Insane asylums in Bengal annual reports 1867-1875 - 1867-1875
Year: 1867
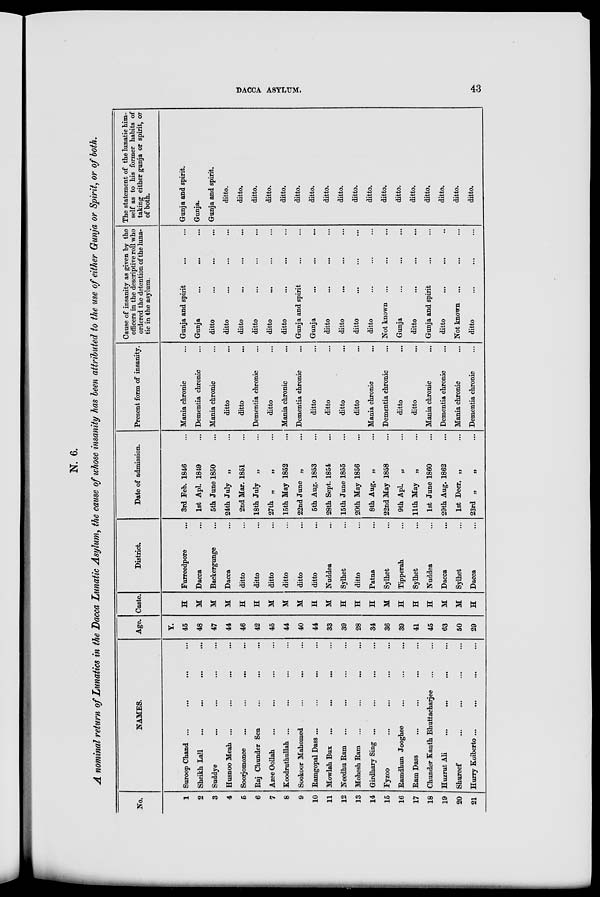
DACCA ASYLUM.
43
N. 6.
A nominal return of Lunatics in the Dacca Lunatic Asylum, the cause of whose insanity has been attributed to the use of either Gunja or Spirit, or of both.
No.
1
2
3
4
5
6
7
8
9
10
11
12
13
14
15
16
17
18
19
20
21
NAMES.
Suroop Chand ... ... ... ...
Sheikh Lall ...
...
...
...
Suddye ... ... ... ...
Husnoo Meah ... ... ... ...
Soorjomonee ... ... ... ...
Raj Chunder Sen ... ... ...
Azee Oollah ... ... ... ...
Koodruthullah ... ... ... ...
Sookoor Mahomed ... ... ... ...
Ramgopal Dass ... ... ... ...
Mowlah Bux ... ... ... ...
Needhu Ram ... ... ... ...
Mohesh Ram
...
...
...
...
Girdhary Sing ... ... ... ...
Fyzoo ... ... ... ...
Ramdhun Jooghee ... ... ... ...
Ram Dass ... ... ... ...
Chunder Kanth Bhuttacharjee ... ...
Huzrut Ali ... ... ... ...
Shureef ... ... ... ...
Hurry Koiberto ... ... ... ...
Age.
Y.
45
48
47
44
46
42
45
44
40
44
33
39
28
34
36
39
41
45
63
50
29
Caste.
H
M
M
M
H
H
M
M
M
H
M
H
H
H
M
H
H
H
M
M
H
District.
Furreedpore ...
Dacca ...
Backergunge ...
Dacca ...
ditto ...
ditto ...
ditto ...
ditto ...
ditto ...
ditto
...
Nuddea ...
Sylhet ...
ditto ...
Patna ...
Sylhet ...
Tipperah ...
Sylhet ...
Nuddea ...
Dacca ...
Sylhet ...
Dacca ...
Date of admission.
3rd Feb. 1846 ...
1st Apl. 1849 ...
5th June 1850 ...
24th July „ ...
2nd Mar. 1851 ...
18th July „ „ ...
27th „ „ ...
15th May 1852 ...
22nd June „ ...
5th Aug. 1853 ...
28th Sept. 1854 ...
15th June 1855 ...
20th May 1856 ...
8th Aug, „ ...
22nd May 1858 ...
9th Apl. „ ...
11th May „ ...
1st June 1860 ...
29th Aug. 1862 ...
1st Decr. „ ...
23rd „
„ ...
Present form of insanity.
Mania chronic ...
Dementia chronic ...
Mania chronic ...
ditto ...
ditto
...
Dementia chronic ...
ditto ...
Mania chronic ...
Dementia chronic ...
ditto ...
ditto ...
ditto ...
ditto ...
Mania chronic ...
Dementia chronic ...
ditto
...
ditto ...
Mania chronic ...
Dementia chronic ...
Mania chronic ...
Dementia chronic ...
Cause of insanity as given by the
officers in the descriptive roll who
ordered the detention of the luna-
tic in the asylum.
Gunja and spirit
Gunja ... ... ...
ditto ... ... ...
ditto ... ... ...
ditto ... ... ...
ditto ... ... ...
ditto ... ... ...
ditto ... ... ...
Gunja and spirit ... ...
Gunja ... ... ...
ditto ... ... ...
ditto ... ... ...
ditto ... ... ...
ditto ... ... ...
Not known ... ... ...
Gunja ... ... ...
ditto ... ... ...
Gunja and spirit ... ...
ditto ... ... ...
Not known ... ... ...
ditto ... ... ...
The statement of the lunatic him-
self as to his former habits of
taking either gunja or spirit, or
of both.
Gunja and spirit. ... ... ...
Gunja.
Gunja and spirit.
ditto.
ditto.
ditto.
ditto.
ditto.
ditto.
ditto.
ditto.
ditto.
ditto.
ditto.
ditto.
ditto.
ditto.
ditto.
ditto.
ditto.
ditto.